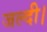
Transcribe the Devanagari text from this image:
जल्दी।